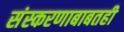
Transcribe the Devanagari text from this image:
संस्करणाबाबतही